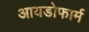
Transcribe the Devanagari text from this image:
आयडोफार्म